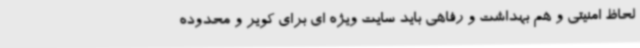
لحاظ امنیتی و هم بهداشت و رفاهی باید سایت ویژه ای برای کویر و محدوده